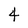
Character: 4